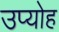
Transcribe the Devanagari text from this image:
उप्योह